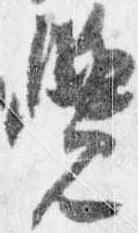
覚